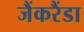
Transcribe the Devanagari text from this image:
जैंकरैंडा